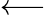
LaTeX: \longleftarrow